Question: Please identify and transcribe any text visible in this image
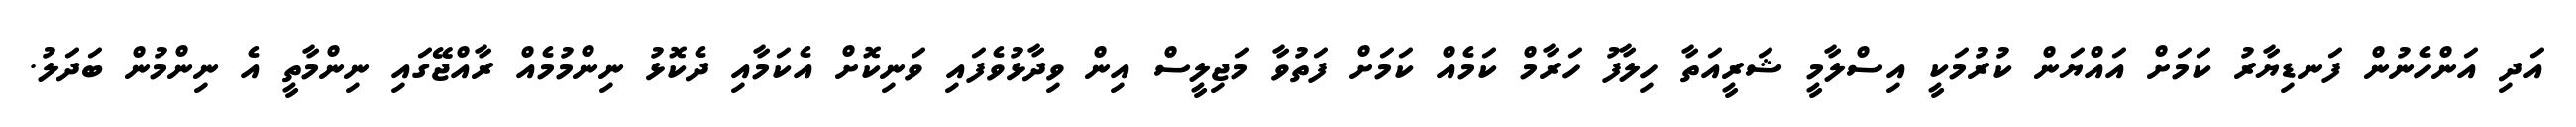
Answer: އަދި އަންހެނުން ފަނޑިޔާރު ކަމަށް އައްޔަން ކުރުމަކީ އިސްލާމީ ޝަރީއަތާ ހިލާފު ހަރާމް ކަމެއް ކަމަށް ފަތުވާ މަޖިލީސް އިން ވިދާޅުވެފައި ވަނިކޮށް އެކަމާއި ދެކޮޅު ނިންމުމެއް ރާއްޖޭގައި ނިންމާތީ އެ ނިންމުން ބަދަލު.